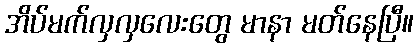
အိပ်မက်လှလှလေးတွေ မာနာ မတ်နေပြီ။